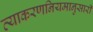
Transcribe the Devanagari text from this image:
व्याकरणनियमानुसारी